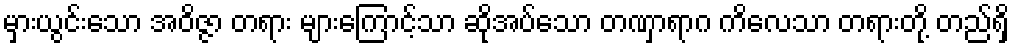
မှားယွင်းသော အဝိဇ္ဇာ တရား များကြောင့်သာ ဆိုအပ်သော တဏှာရာဂ ကိလေသာ တရားတို့ တည်ရှိ